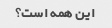
این همه است؟